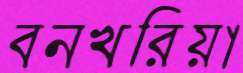
বনখরিয়া